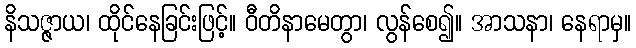
နိသဇ္ဇာယ၊ ထိုင်နေခြင်းဖြင့်။ ဝီတိနာမေတွာ၊ လွန်စေ၍။ အာသနာ၊ နေရာမှ။